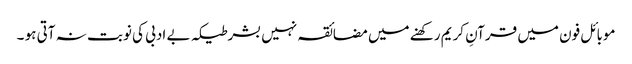
موبائل فون میں قرآنِ کریم رکھنے میں مضائقہ نہیں بشرطیکہ بے ادبی کی نوبت نہ آتی ہو ۔